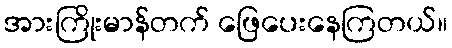
အားကြိုးမာန်တက် ဖြေပေးနေကြတယ်။